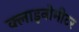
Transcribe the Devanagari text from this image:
क्लाइनोमीटर